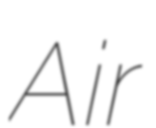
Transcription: Air